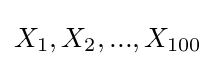
X_{1},X_{2},...,X_{100}